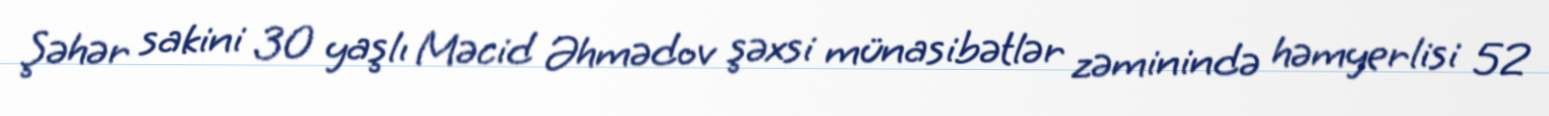
Şəhər sakini 30 yaşlı Məcid Əhmədov şəxsi münasibətlər zəminində həmyerlisi 52